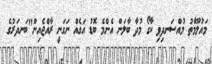
މައުލޫމާތު މުއްސަނދިވި ކާގޯ މުދާ ބާލަން އެންމެ ބޮޑު އަގެއް ނަގަނީ ރާއްޖެއިން"ބަނދަރުގެ